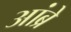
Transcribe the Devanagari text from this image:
आंब्रे